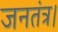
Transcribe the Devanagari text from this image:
जनतंत्र।